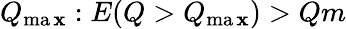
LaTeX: Q_{\operatorname*{ma\mathbf{x}}}:E(Q>Q_{\operatorname*{ma\mathbf{x}}})>Qm